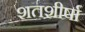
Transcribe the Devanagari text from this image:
शतशीर्षा